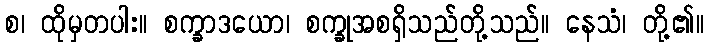
စ၊ ထိုမှတပါး။ စက္ခာဒယော၊ စက္ခုအစရှိသည်တို့သည်။ နေသံ၊ တို့၏။